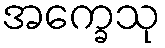
အက္ခေသု